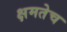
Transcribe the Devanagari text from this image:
क्षमतेच